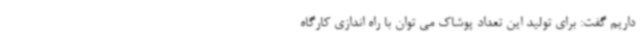
داریم گفت: برای تولید این تعداد پوشاک می توان با راه اندازی کارگاه